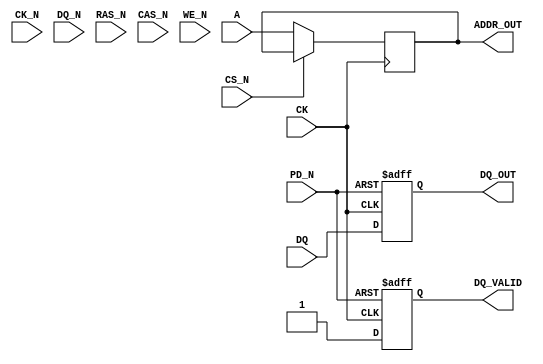
module gddr6x_io_block #(
    parameter DATA_WIDTH = 16,
    parameter ADDR_WIDTH = 16
)(
    // Differential Clock Inputs
    input wire CK,
    input wire CK_N,

    // Data Signals (Differential)
    input wire [DATA_WIDTH-1:0] DQ,           // Positive data signals
    input wire [DATA_WIDTH-1:0] DQ_N,         // Negative data signals

    // Command Signals
    input wire CS_N,
    input wire RAS_N,
    input wire CAS_N,
    input wire WE_N,

    // Address Signals
    input wire [ADDR_WIDTH-1:0] A,

    // Control Signals
    input wire PD_N,                            // Power Down
    output reg [DATA_WIDTH-1:0] DQ_OUT,       // Output Data
    output reg DQ_VALID,                       // Data Valid signal
    output reg [ADDR_WIDTH-1:0] ADDR_OUT      // Address Output

    // Add other necessary signals as required
);

    // Internal signals
    reg [DATA_WIDTH-1:0] data_reg;
    wire clk_pos_edge, clk_neg_edge;

    // Timing Parameters
    localparam SETUP_TIME = 5;     // Example parameters
    localparam HOLD_TIME = 3;
    
    // Clock Edge Detection
    assign clk_pos_edge = CK;
    assign clk_neg_edge = CK_N;

    // Power Management - Example behavior
    always @(posedge clk_pos_edge or negedge PD_N) begin
        if (!PD_N) begin
            // Power down logic
            DQ_OUT <= {DATA_WIDTH{1'b0}};
            DQ_VALID <= 1'b0;
        end else begin
            // Normal operation
            DQ_OUT <= DQ;
            DQ_VALID <= 1'b1;
        end
    end

    // Command Processing
    always @(posedge clk_pos_edge) begin
        // Only process commands if CS_N is low
        if (!CS_N) begin
            // Handle memory commands based on RAS, CAS, WE signals
            case ({RAS_N, CAS_N, WE_N})
                3'b111: /* No operation */;
                3'b110: /* Read operation */;
                3'b101: /* Write operation */;
                // Add additional command cases as needed...
                default: /* Error handling */;
            endcase
            ADDR_OUT <= A; // Capture address
        end
    end

    // Differential Data Output
    always @(negedge clk_neg_edge) begin
        // Differential outputs for DQ
        if (DQ_VALID) begin
            data_reg <= DQ;
            // Align data as needed before output, handle your own data alignment logic
        end
    end

    // Implement On-Die Termination (ODT) and other features based on architectural requirements here

endmodule